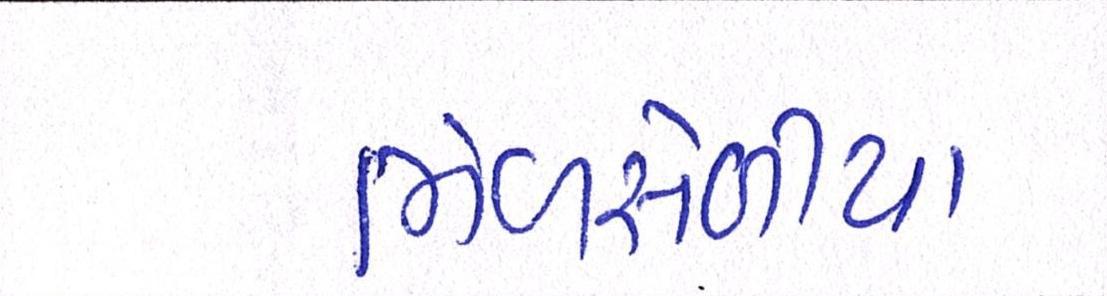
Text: ભેળસેળીયા